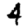
Digit: 4